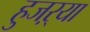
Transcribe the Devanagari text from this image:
हुजऱ्या